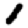
Digit: 1